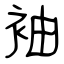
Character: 袖